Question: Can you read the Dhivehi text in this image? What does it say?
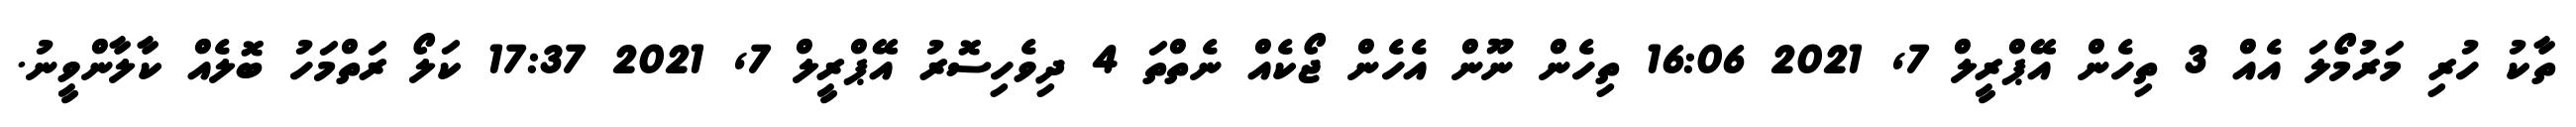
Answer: ތާކު ހުރި މަރުމޯލަ އެއް 3 ތިހެން އޭޕްރީލް 7, 2021 16:06 ތިހެން ނޫން އެހެން ޖޯކެއް ނެތްތަ 4 ދިވެހިސޮރު އޭޕްރީލް 7, 2021 17:37 ކަލޯ ރަތްމަހު ބޮލެއް ކާލާންވީނު.